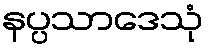
နပ္ပသာဒေသုံ